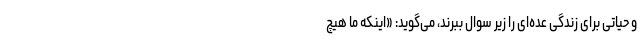
و حیاتی برای زندگی عده‌ای را زیر سوال ببرند، می‌گوید: «اینکه ما هیچ